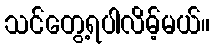
သင်တွေ့ရပါလိမ့်မယ်။